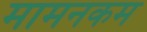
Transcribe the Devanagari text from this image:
मामनकम